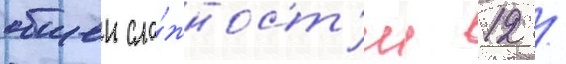
общеи сло́жност'и 12 /